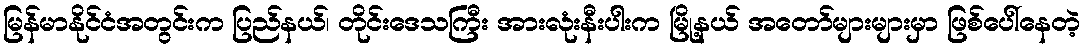
မြန်မာနိုင်ငံအတွင်းက ပြည်နယ်၊ တိုင်းဒေသကြီး အားလုံးနီးပါးက မြို့နယ် အတော်များများမှာ ဖြစ်ပေါ်နေတဲ့